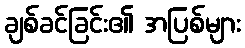
ချစ်ခင်ခြင်း၏ အပြစ်များ